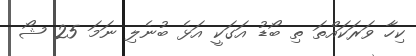
ކިހާ ވަރަކައްތަ ތި ބޯޑު އަގަކީ އަޅެ ބުނެލި ނަމަ 25 ޝޯ